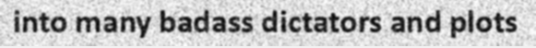
into many badass dictators and plots